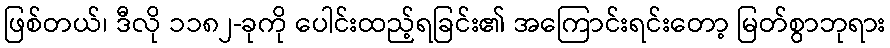
ဖြစ်တယ်၊ ဒီလို ၁၁၈၂-ခုကို ပေါင်းထည့်ရခြင်း၏ အကြောင်းရင်းတော့ မြတ်စွာဘုရား